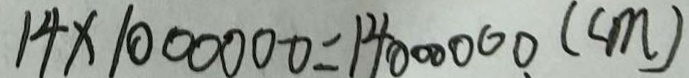
1 4 \times 1 0 0 0 0 0 0 = 1 4 0 0 0 0 0 0 ( c m )